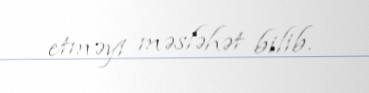
etməyi məsləhət bilib.